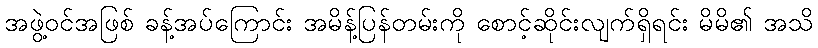
အဖွဲ့ဝင်အဖြစ် ခန့်အပ်ကြောင်း အမိန့်ပြန်တမ်းကို စောင့်ဆိုင်းလျက်ရှိရင်း မိမိ၏ အသိ